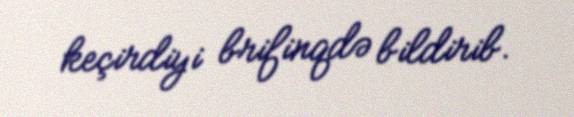
keçirdiyi brifinqdə bildirib.